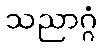
သညာဂ္ဂံ